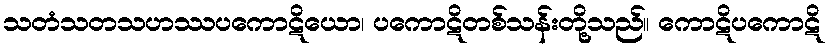
သတံသတသဟဿပကောဋိယော၊ ပကောဋိတစ်သန်းတို့သည်။ ကောဋိပကောဋိ